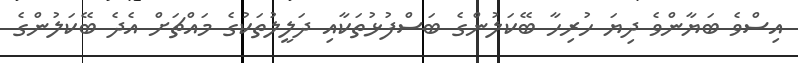
އިސްވެ ބަޔާންވެ ދިޔަ ހުރިހާ ބޭކަލުންގެ ބަސްފުޅުތަކާއި ދަލީލުތަކުގެ މައްޗަށް އެދެ ބޭކަލުންގެ